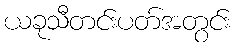
ယခုသီတင်းပတ်အတွင်း